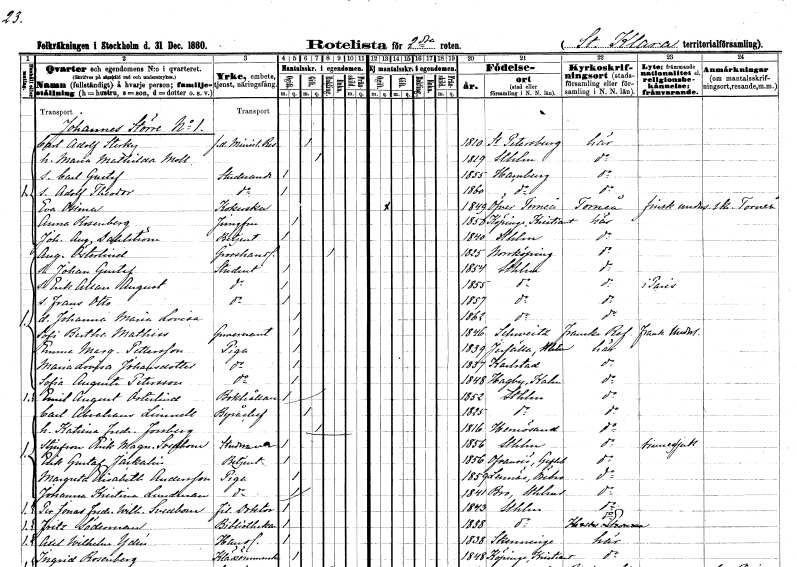
gt_parse: households: individuals: FN: Carl Adolf
EN: Sterky
YRKE: Ministerresident f.d.
KON: M
CIV: G
FODAR: 1810
FN: Maria Mathilda
EN: Moll
KON: K
CIV: G
FODAR: 1819
FODFORS: Stockholm
FN: Carl Gustaf
YRKE: Studerande
KON: M
CIV: O
FODAR: 1855
FN: Adolf Theodor
YRKE: Studerande
KON: M
CIV: O
FODAR: 1860
FN: Eva
EN: Osima
YRKE: Kokerska
KON: K
CIV: O
FODAR: 1849
FODFORS: Övertorneå Norrbottens län
FN: Anna
EN: Rosenberg
YRKE: Jungfru
KON: K
CIV: O
FODAR: 1850
FODFORS: Köpinge Kristianstads län
FN: Johan August
EN: Dahlström
YRKE: Betjänt
KON: M
CIV: O
FODAR: 1840
FODFORS: Stockholm
FN: August
EN: Österlind
YRKE: Grosshandlare
KON: M
CIV: E
FODAR: 1825
FODFORS: Norrköping Östergötlands län
FN: Johan Gustaf
YRKE: Student
KON: M
CIV: O
FODAR: 1854
FODFORS: Stockholm
FN: Erik Allan August
YRKE: Student
KON: M
CIV: O
FODAR: 1855
FODFORS: Stockholm
FN: Frans Otto
YRKE: Student
KON: M
CIV: O
FODAR: 1857
FODFORS: Stockholm
FN: Johanna Maria Lovisa
KON: K
CIV: O
FODAR: 1862
FODFORS: Stockholm
FN: Sofi Berthe
EN: Mathiss
YRKE: Guvernant
KON: K
CIV: O
FODAR: 1846
FN: Emma Margareta
EN: Pettersson
YRKE: Piga
KON: K
CIV: O
FODAR: 1839
FODFORS: Järfälla Stockholms län
FN: Maria Lovisa
EN: Johansdotter
YRKE: Piga
KON: K
CIV: O
FODAR: 1837
FODFORS: Karlstad Värmlands län
FN: Sofia Augusta
EN: Petersson
YRKE: Piga
KON: K
CIV: O
FODAR: 1848
FODFORS: Hagby Kalmar län
FN: Emil August
EN: Österlind
YRKE: Bokhållare
KON: M
CIV: O
FODAR: 1852
FODFORS: Stockholm
FN: Carl Abraham
EN: Limnell
YRKE: Byråchef
KON: M
CIV: G
FODAR: 1825
FODFORS: Stockholm
FN: Katrina Fredrika
EN: Forsberg
KON: K
CIV: G
FODAR: 1816
FODFORS: Härnösand Västernorrlands län
FN: Erik Magnus
EN: Svedbom
YRKE: Studerande
KON: M
CIV: O
FODAR: 1856
FODFORS: Stockholm
FN: Erik Gustaf
EN: Jackalin
YRKE: Betjänt
KON: M
CIV: O
FODAR: 1856
FODFORS: Ovansjö Gävleborgs län
FN: Margreta Elisabeth
EN: Andersson
YRKE: Piga
KON: K
CIV: O
FODAR: 1859
FODFORS: Lännäs Örebro län
FN: Johanna Kristina
EN: Lundman
YRKE: Piga
KON: K
CIV: O
FODAR: 1841
FODFORS: Bro Stockholms län